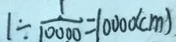
1 \div \frac { 1 } { 1 0 0 0 0 } = 1 0 0 0 0 ( c m )